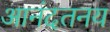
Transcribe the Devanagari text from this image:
आनंदतनय